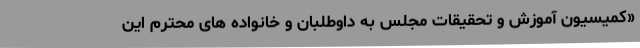
«کمیسیون آموزش و تحقیقات مجلس به داوطلبان و خانواده های محترم این